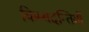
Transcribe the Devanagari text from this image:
किम्बदन्तियों